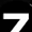
Digit: 7